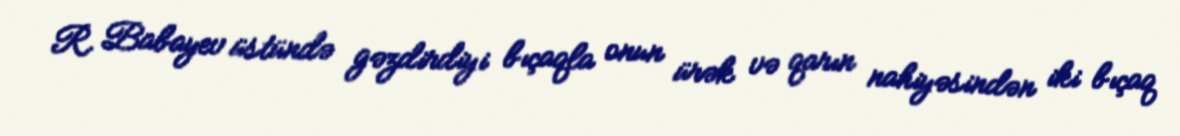
R. Babayev üstündə gəzdirdiyi bıçaqla onun ürək və qarın nahiyəsindən iki bıçaq